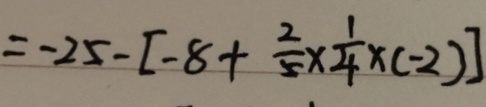
= - 2 5 - [ - 8 + \frac { 2 } { 5 } \times \frac { 1 } { 4 } \times ( - 2 ) ]